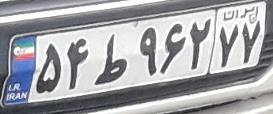
۵۴ط۹۶۲۷۷